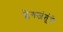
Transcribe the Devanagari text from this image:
प्लेगजंतूंचे